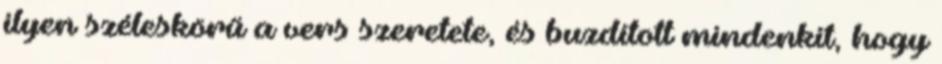
ilyen széleskörű a vers szeretete, és buzdított mindenkit, hogy